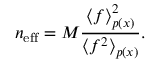
n _ { \mathrm { e f f } } = M \frac { \langle f \rangle _ { p ( x ) } ^ { 2 } } { \langle f ^ { 2 } \rangle _ { p ( x ) } } .